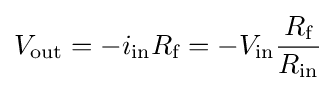
V_{\text{out}}=-i_{\text{in}}R_{\text{f}}=-V_{\text{in}}{\frac {R_{\text{f}}}{R_{\text{in}}}}